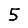
Digit: 5